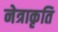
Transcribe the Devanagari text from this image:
नेत्राकृति